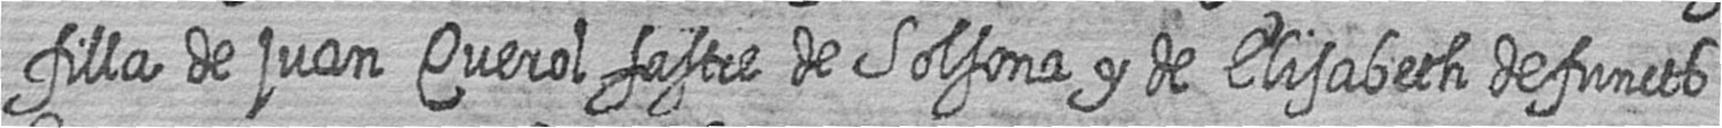
filla de juan Querol sastre de Solsona y de Elisabeth defuncts